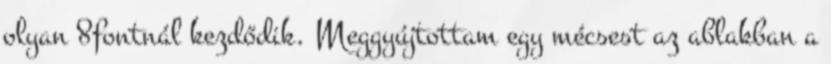
olyan 8fontnál kezdődik. Meggyújtottam egy mécsest az ablakban a